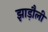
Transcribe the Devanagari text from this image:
झाड़ौली